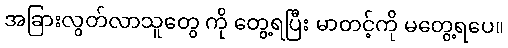
အခြားလွတ်လာသူတွေ ကို တွေ့ရပြီး မာတင့်ကို မတွေ့ရပေ။